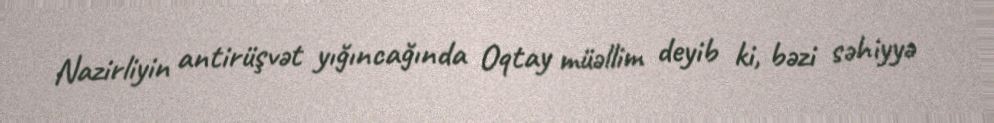
Nazirliyin antirüşvət yığıncağında Oqtay müəllim deyib ki, bəzi səhiyyə